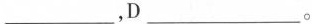
___ , D ___ 。